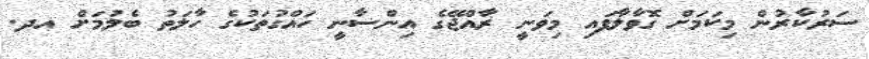
ސަރުކާރުން މިކަމަށް ގޮވާލާފައި މިވަނީ ރާއްޖޭގެ އިންސާނީ ހައްގުތަކުގެ ހާލަތު ބެލުމަށް އދ.